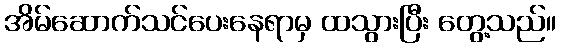
အိမ်ဆောက်သင်ပေးနေရာမှ ထသွားပြီး တွေ့သည်။